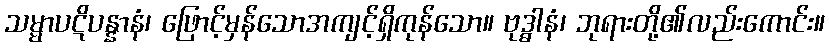
သမ္မာပဋိပန္နာနံ၊ ဖြောင့်မှန်သောအကျင့်ရှိကုန်သော။ ဗုဒ္ဓါနံ၊ ဘုရားတို့၏လည်းကောင်း။